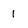
Character: 1